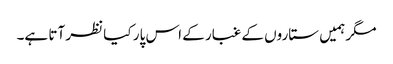
مگر ہمیں ستاروں کے غبار کے اس پار کیا نظر آتا ہے۔